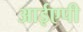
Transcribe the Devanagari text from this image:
आईएपी